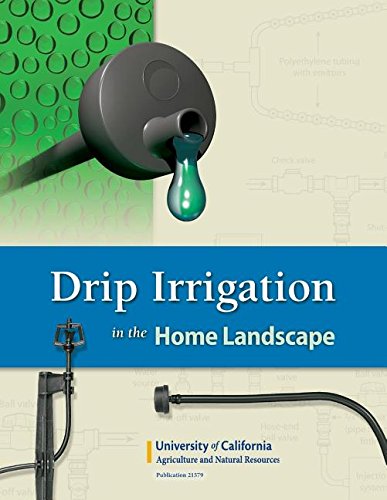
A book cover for Drip Irrigation in the Home Landscape; Larry Schwankl; Science & Math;